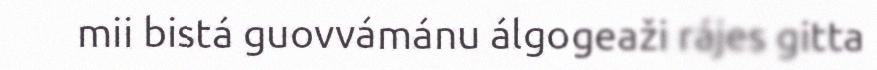
mii bistá guovvámánu álgogeaži rájes gitta